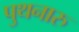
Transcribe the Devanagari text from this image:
पुथनारु